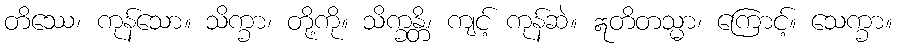
တိဿေ၊ ကုန်သော။ သိက္ခာ၊ တို့ကို။ သိက္ခန္တိ၊ ကျင့် ကုန်ဆဲ။ ဣတိတသ္မာ၊ ကြောင့်။ သေက္ခာ။